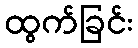
ထွက်ခြင်း